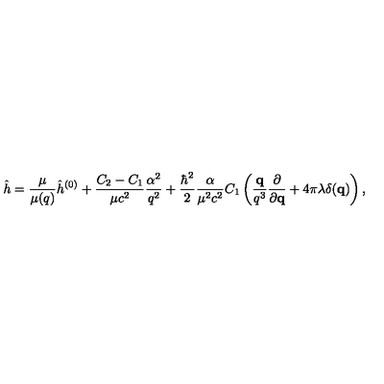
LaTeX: \hat { h } = \frac { \mu } { \mu ( q ) } \hat { h } ^ { ( 0 ) } + \frac { C _ { 2 } - C _ { 1 } } { \mu c ^ { 2 } } \frac { \alpha ^ { 2 } } { q ^ { 2 } } + \frac { \hbar ^ { 2 } } { 2 } \frac { \alpha } { \mu ^ { 2 } c ^ { 2 } } C _ { 1 } \left( \frac { { \bf q } } { q ^ { 3 } } \frac { \partial } { \partial { \bf q } } + 4 \pi \lambda \delta ( { \bf q } ) \right) ,